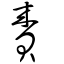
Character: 賚